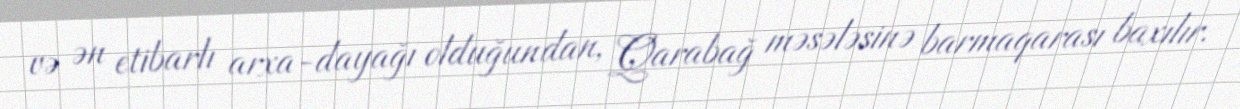
və ən etibarlı arxa-dayağı olduğundan, Qarabağ məsələsinə barmaqarası baxılır.